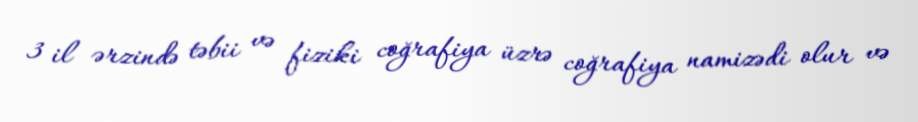
3 il ərzində təbii və fiziki coğrafiya üzrə coğrafiya namizədi olur və